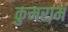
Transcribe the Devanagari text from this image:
कुमराम